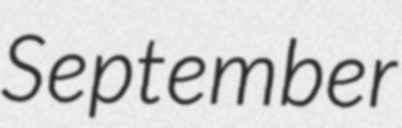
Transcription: September